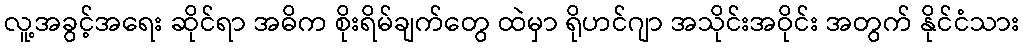
လူ့အခွင့်အရေး ဆိုင်ရာ အဓိက စိုးရိမ်ချက်တွေ ထဲမှာ ရိုဟင်ဂျာ အသိုင်းအဝိုင်း အတွက် နိုင်ငံသား